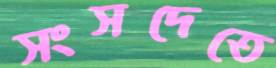
সংসদেতে